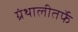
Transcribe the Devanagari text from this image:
ग्रंथालीतर्फे